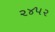
૨૪૫૨